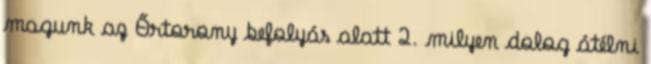
magunk az Őrtorony befolyás alatt 2. milyen dolog átélni